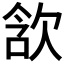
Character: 𣢺